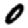
Digit: 0